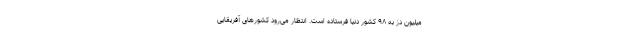
میلیون دز به ۹۸ کشور دنیا فرستاده است. انتظار می‌رود کشورهای آفریقایی